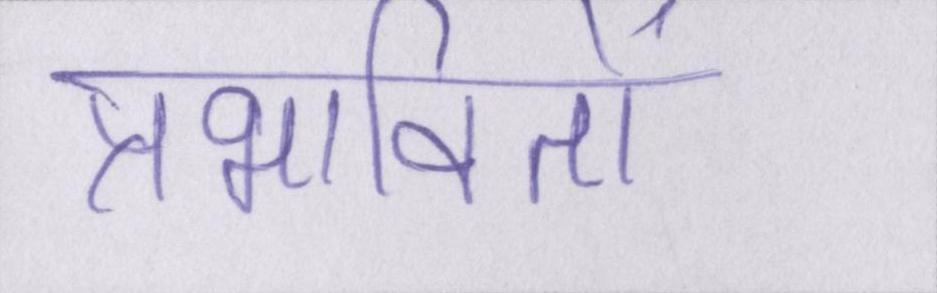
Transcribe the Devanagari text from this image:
प्रभावितों